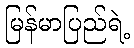
မြန်မာပြည်ရဲ့